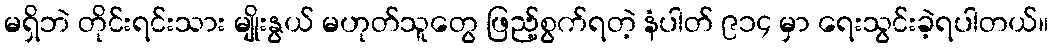
မရှိဘဲ တိုင်းရင်းသား မျိုးနွယ် မဟုတ်သူတွေ ဖြည့်စွက်ရတဲ့ နံပါတ် ၉၁၄ မှာ ရေးသွင်းခဲ့ရပါတယ်။